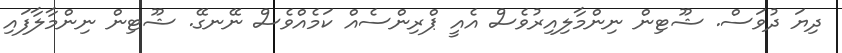
ދިޔަ ދުވަސް. ޝޫޓިން ނިންމާލިއިރުވެސް އެއީ ޕްރިންސެއް ކަމެއްވެސް ނޭނގޭ. ޝޫޓިން ނިންމާލާފައި